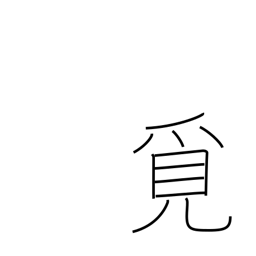
Meaning: seek